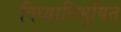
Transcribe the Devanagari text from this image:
विध्याविभूषित